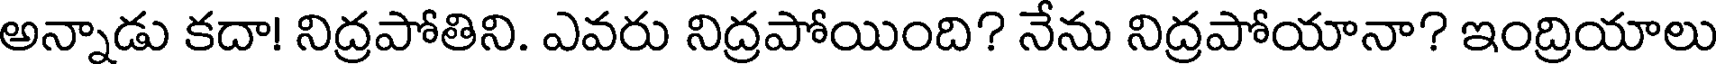
అన్నాడు కదా! నిద్రపోతిని. ఎవరు నిద్రపోయింది? నేను నిద్రపోయానా? ఇంద్రియాలు